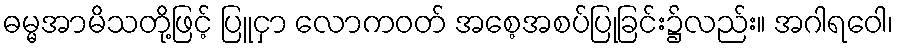
ဓမ္မအာမိသတို့ဖြင့် ပြူငှာ လောကဝတ် အစေ့အစပ်ပြုခြင်း၌လည်း။ အဂါရဝေါ၊